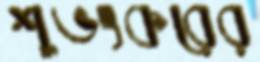
শুভংকরের